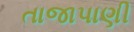
તાજાપાણી